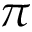
\pi